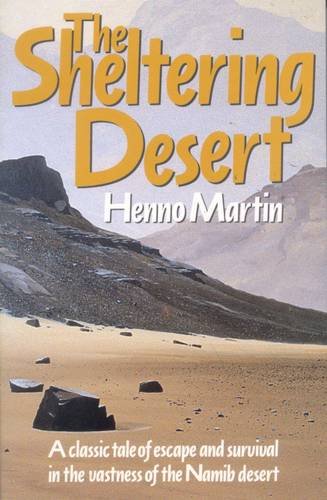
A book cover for The Sheltering Desert: A Classic Tale of Escape and Survival in the Namib Desert; Henno Martin; Travel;